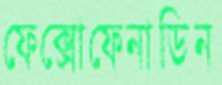
ফেক্সোফেনাডিন